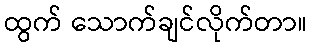
ထွက် သောက်ချင်လိုက်တာ။